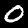
Digit: 0